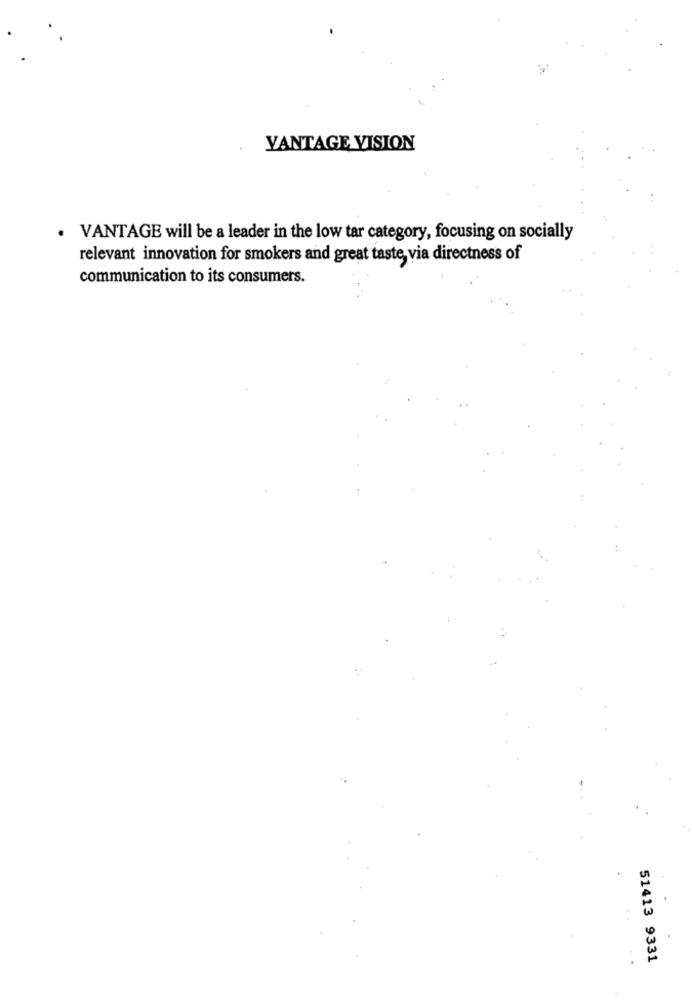
VANTAGE VISION
VANTAGE will be a leader in the low tar category, focusing on socially
relevant innovation for smokers and great taste, via directness of
communication to its consumers.
51413 9331